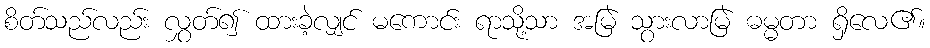
စိတ်သည်လည်း လွှတ်၍ ထားခဲ့လျှင် မကောင်း ရာသို့သာ အမြဲ သွားလာမြဲ ဓမ္မတာ ရှိလေ၏။